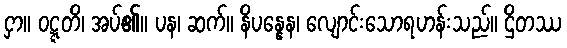
ငှာ။ ဝဋ္ဋတိ၊ အပ်၏။ ပန၊ ဆက်။ နိပန္နေန၊ လျောင်းသောရဟန်းသည်။ ဌိတဿ